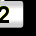
Digit: 2